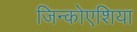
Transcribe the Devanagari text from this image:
जिन्कोएशिया